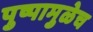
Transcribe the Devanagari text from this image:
पुष्पामुळेच